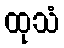
ထုသံ